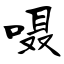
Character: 嗫